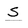
Character: S